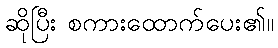
ဆိုပြီး စကားထောက်ပေး၏။